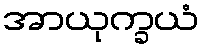
အာယုက္ခယံ